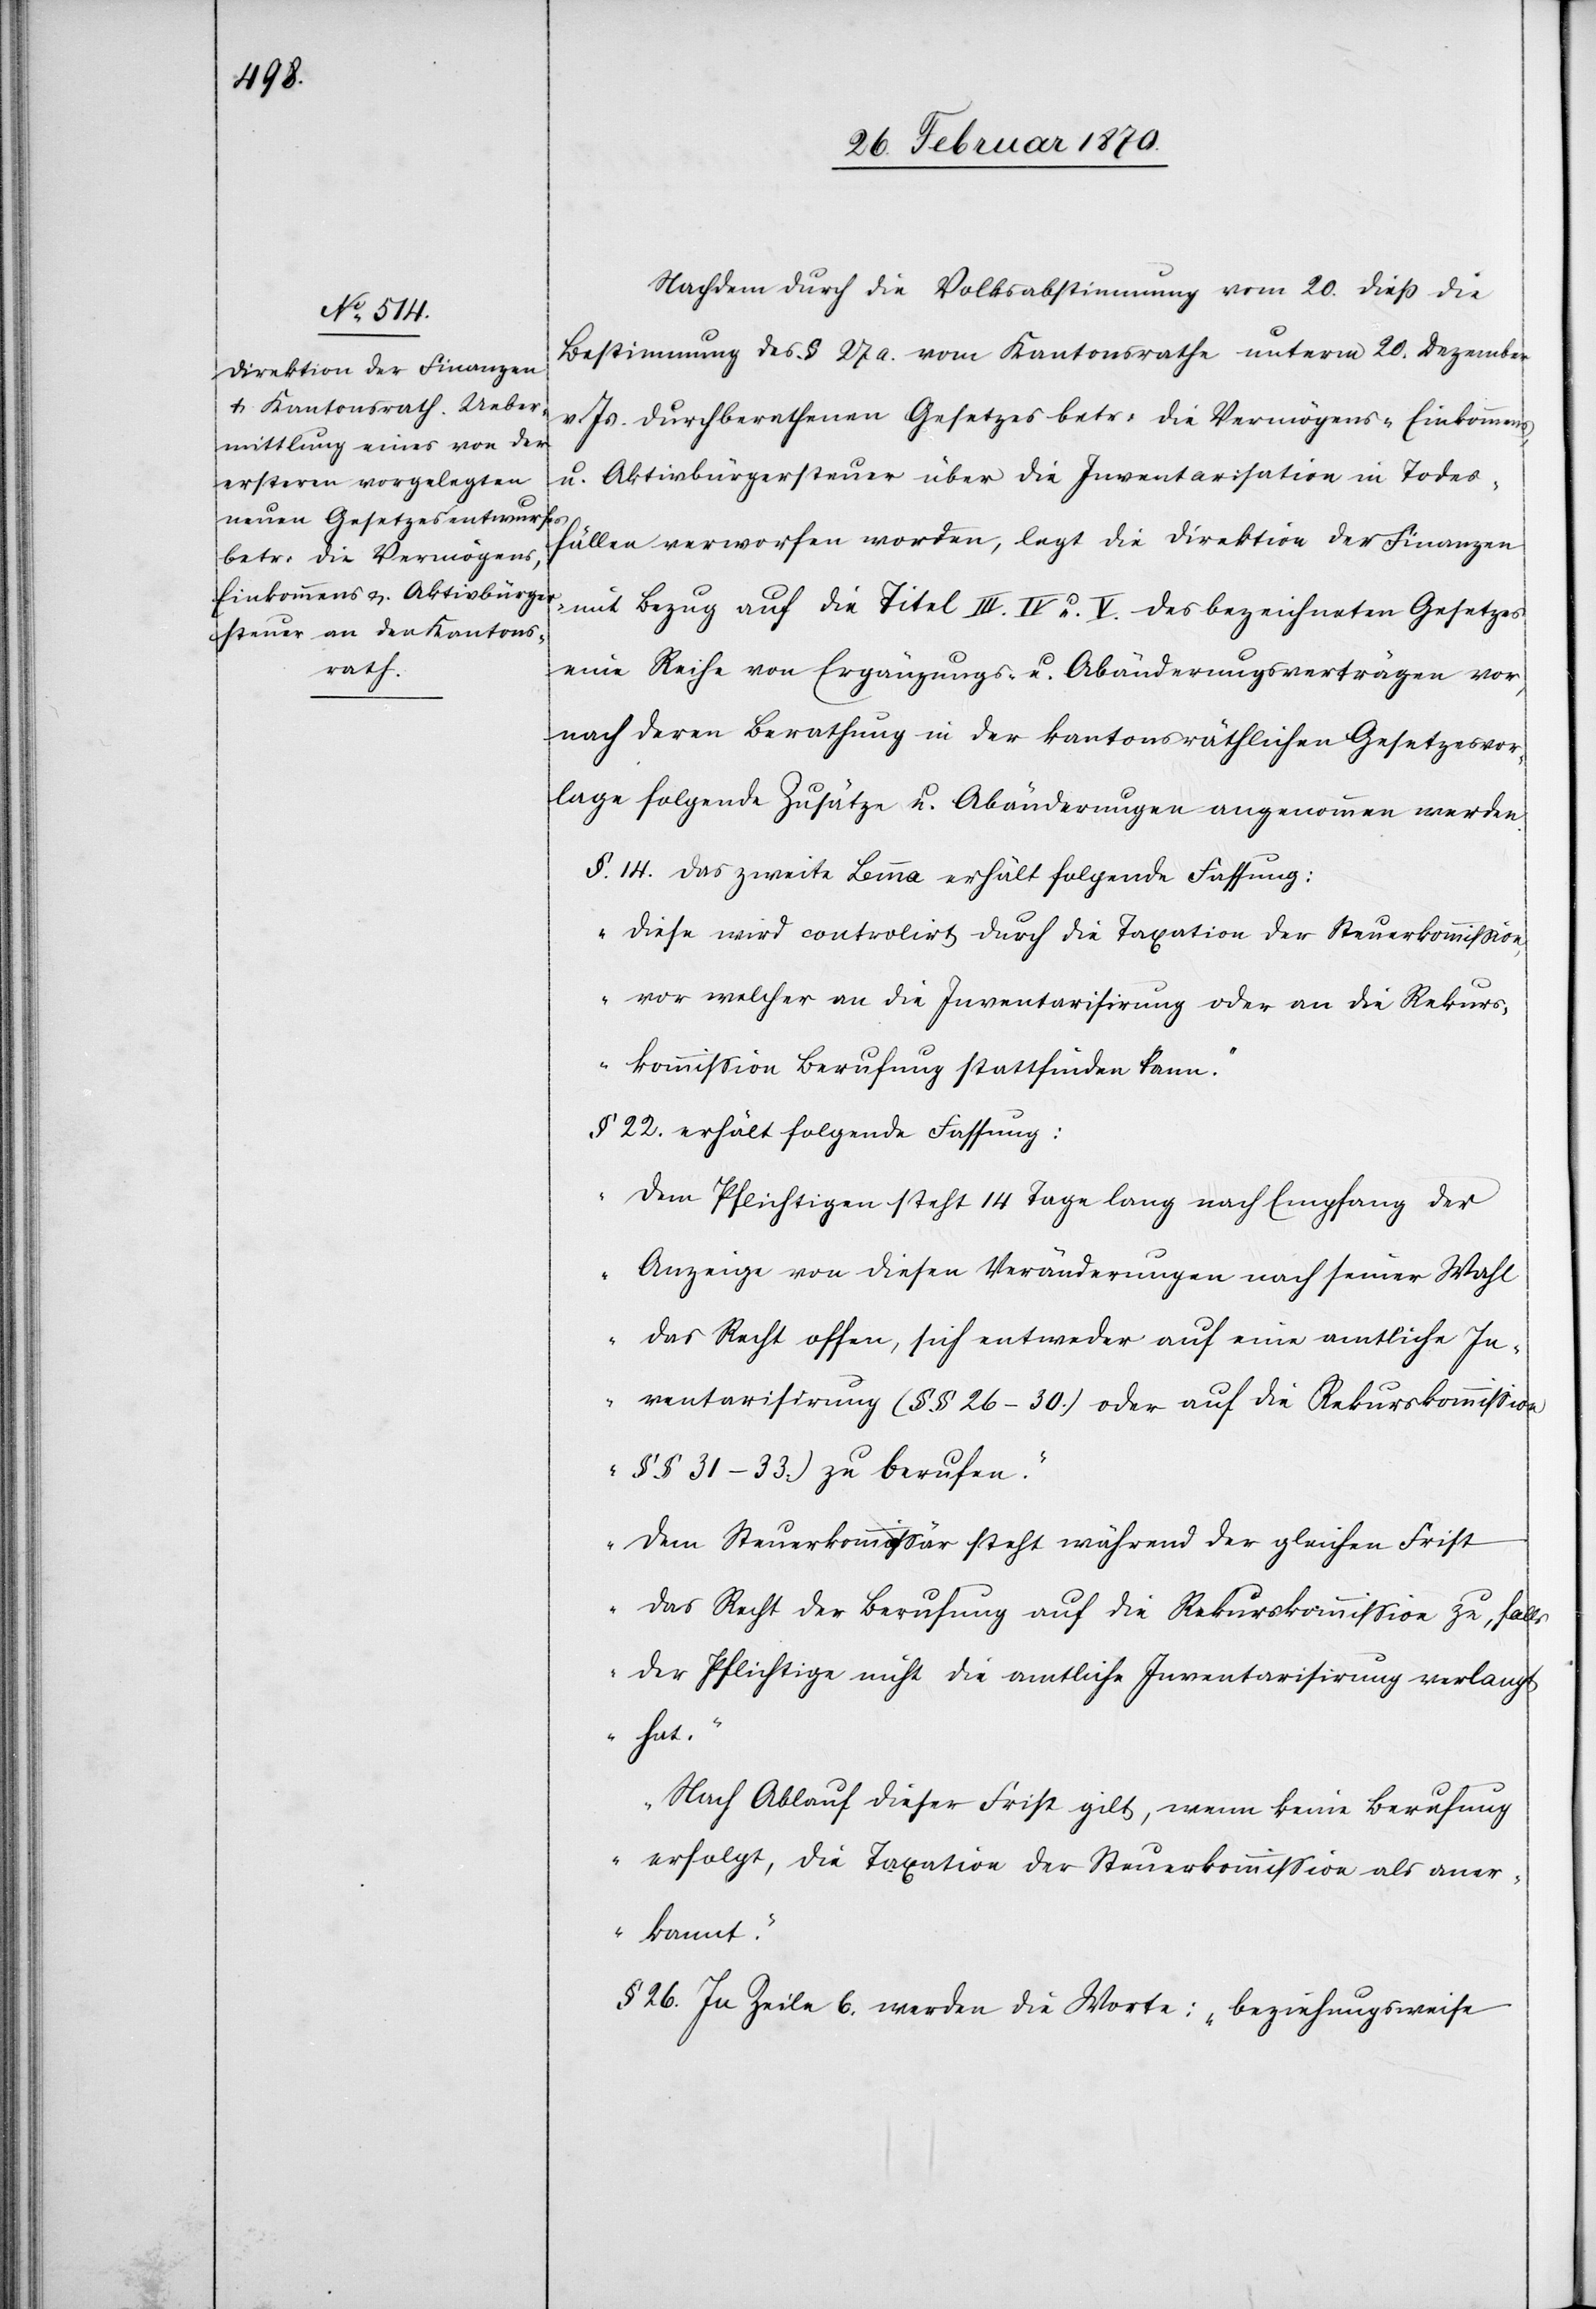
Nachdem durch die Volksabstimmung vom 20. dieß die
Bestimmung des § 27 a. vom Kantonsrathe unterm 20. Dezember
v. Js. durchberathenen Gesetzes betr. die Vermögens- Einkommens-
u. Aktivbürgersteuer über die Inventarisation in Todes¬
fällen verworfen worden, legt die Direktion der Finanzen
mit Bezug auf die Titel III. IV. u. V. des bezeichneten Gesetzes
eine Reihe von Ergänzungs- u. Abänderungsverträgen vor,
nach deren Berathung in der kantonsräthlichen Gesetzesvor¬
lage folgende Zusätze u. Abänderungen angenommen werden.
§. 14. das zweite Lemma erhält folgende Fassung:
„Diese wird controlirt durch die Taxation der Steuerkommißion,
vor welcher an die Inventarisirung oder an die Rekurs¬
kommißion Berufung stattfinden kann.“
§ 22. erhält folgende Fassung:
„Dem Pflichtigen steht 14 Tage lang nach Empfang der
Anzeige von diesen Veränderungen nach seiner Wahl
das Recht offen, sich entweder auf eine amtliche In¬
ventarisirung (§§ 26–30.) oder auf die Rekurskommißion
(§§ 31–33.) zu berufen.
Dem Steuerkommißär steht während der gleichen Frist
das Recht der Berufung auf die Rekurskommißion zu, falls
der Pflichtige nicht die amtliche Inventarisirung verlangt
hat.
Nach Ablauf dieser Frist gilt, wenn keine Berufung
erfolgt, die Taxation der Steuerkommißion als aner¬
kannt.“
§ 26. In Zeile 6. werden die Worte: „beziehungsweise